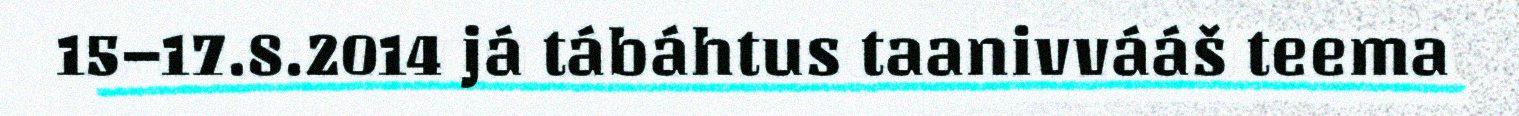
15–17.8.2014 já tábáhtus taanivvááš teema